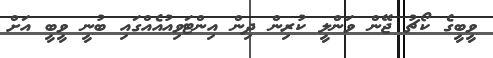
ވީބީގެ ކޯޗު ޖޭން ވަންލީ ކުރިން ދިން އިންޓަވިއުއެއްގައި ބުނީ ވީބީ އަށް